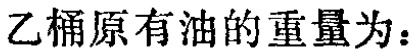
乙桶原有油的重量为：